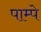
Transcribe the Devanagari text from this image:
पाम्पे